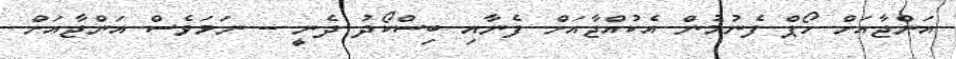
އަންޖާއަށް ހޯޕް ފެނުމުން އެކުއްޖާއަށް ފެނާއި ބިސްކޯދު ދެނީ -- ނަމަވެސް އަންޖާއަށް